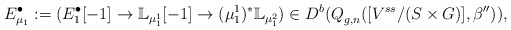
\begin{align*}E^{\bullet}_{\mu_1}:=(E^{\bullet}_1[-1]\rightarrow \mathbb{L}_{\mu_1^1}[-1]\rightarrow (\mu_1^1)^*\mathbb{L}_{\mu_1^2})\in D^b(Q^{}_{g,n}([V^{ss}/(S\times G)],\beta'')),\end{align*}